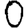
Digit: 0